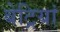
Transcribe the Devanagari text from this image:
बेट्रियां